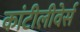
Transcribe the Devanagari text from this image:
कांटीलीवेर्स